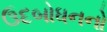
ઉદબોધનનો